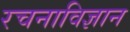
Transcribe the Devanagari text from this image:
रचनाविज्ञान